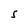
Character: S